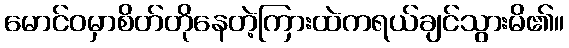
မောင်ဝမှာစိတ်တိုနေတဲ့ကြားထဲကရယ်ချင်သွားမိ၏။